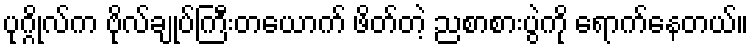
ပုဂ္ဂိုလ်က ဗိုလ်ချုပ်ကြီးတယောက် ဖိတ်တဲ့ ညစာစားပွဲကို ရောက်နေတယ်။